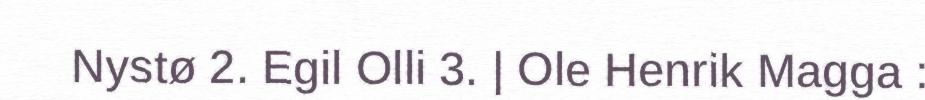
Nystø 2. Egil Olli 3. | Ole Henrik Magga :